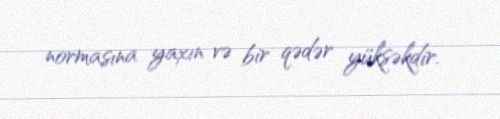
normasına yaxın və bir qədər yüksəkdir.